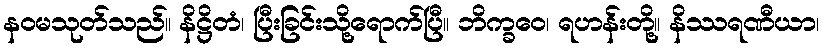
နဝမသုတ်သည်။ နိဋ္ဌိတံ၊ ပြီးခြင်းသို့ရောက်ပြီ။ ဘိက္ခဝေ၊ ရဟန်းတို့။ နိဿရဏီယာ၊